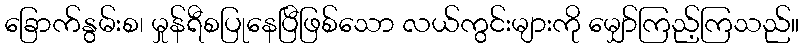
ခြောက်နွမ်းစ၊ မှုန်ရီစပြုနေပြီဖြစ်သော လယ်ကွင်းများကို မျှော်ကြည့်ကြသည်။